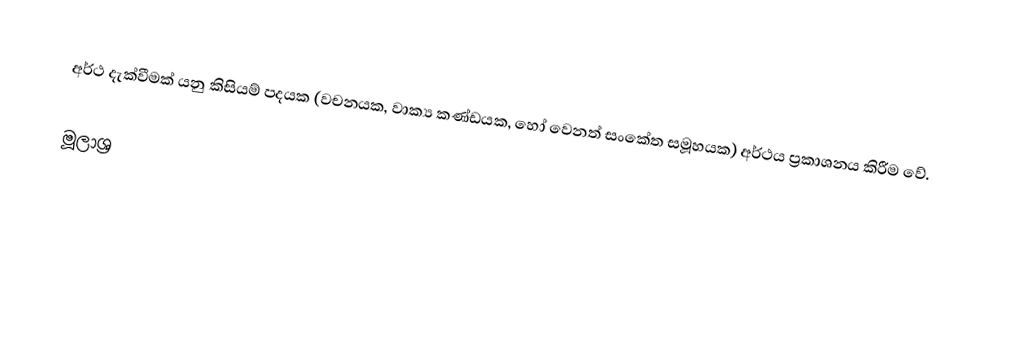
අර්ථ දැක්වීමක් යනු කිසියම් පදයක (වචනයක, වාක්‍ය කණ්ඩයක, හෝ වෙනත් සංකේත සමූහයක) අර්ථය ප්‍රකාශනය කිරීම වේ.

මූලාශ්‍ර